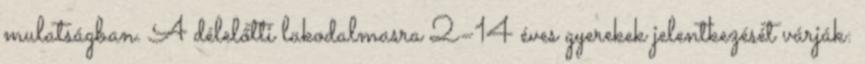
mulatságban. A délelőtti lakodalmasra 2–14 éves gyerekek jelentkezését várják: